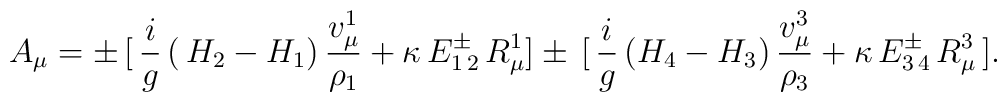
A_\mu=\pm\,[\,{i\over g}\,(\,H_2-H_1)\,{v_\mu^1\over\rho_1}+\kappa\,E^\pm_{1\,2}\,R_\mu^1]\pm\,[\,{i\over g}\,(H_4-H_3)\,{v_\mu^3\over\rho_3}+\kappa\,E^\pm_{3\,4}\,R_\mu^3\,].